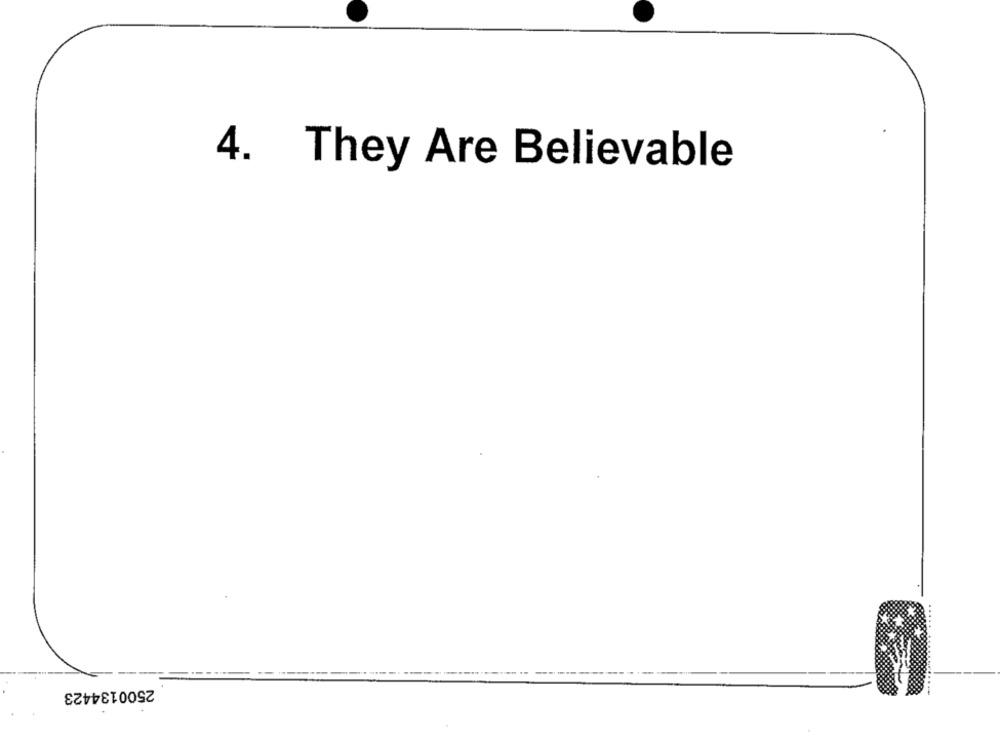
4. They Are Believable
2500134423